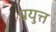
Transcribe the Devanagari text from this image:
प्रयुत्त